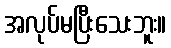
အလုပ်မပြီးသေးဘူး။